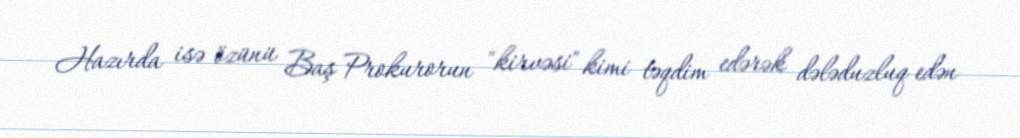
Hazırda isə özünü Baş Prokurorun "kirvəsi" kimi təqdim edərək dələduzluq edən